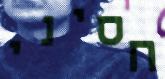
חסיני